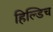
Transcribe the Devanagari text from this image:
हिल्डिच